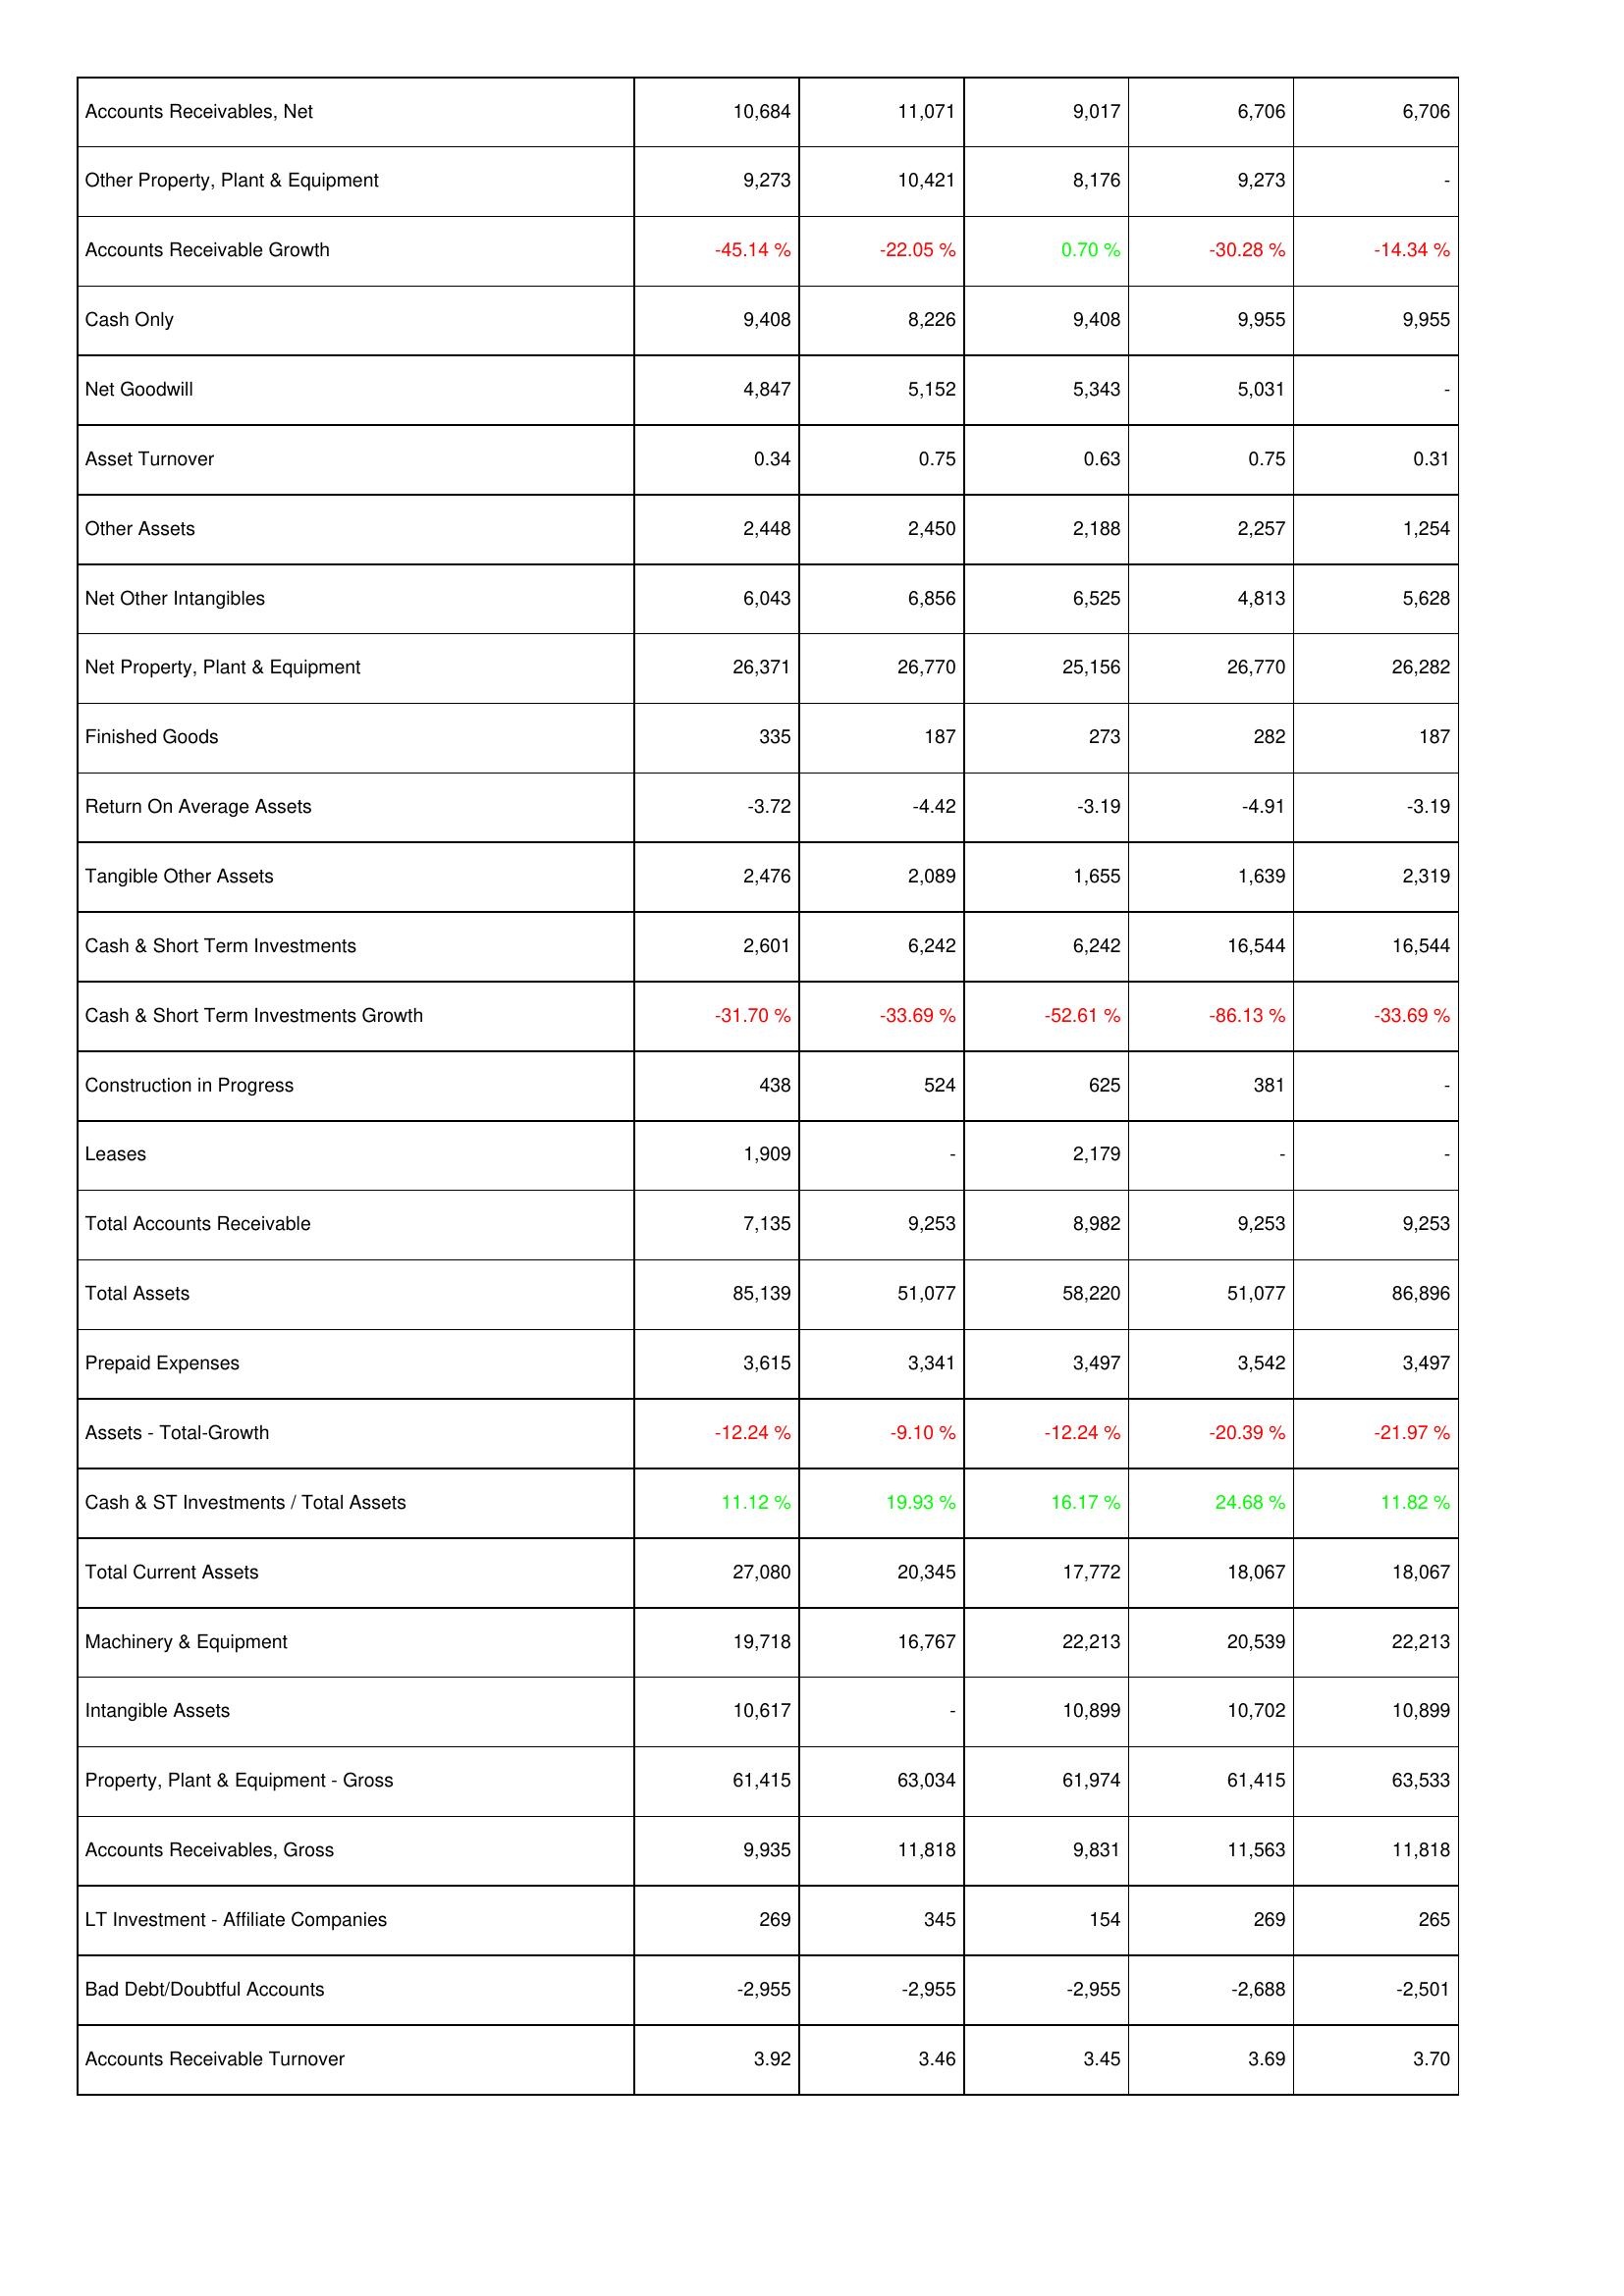
2006: Assets: Accounts Receivables, Net: 10,684
Other Property, Plant & Equipment: 9,273
Accounts Receivable Growth: -45.14 %
Cash Only: 9,408
Net Goodwill: 4,847
Asset Turnover: 0.34
Other Assets: 2,448
Net Other Intangibles: 6,043
Net Property, Plant & Equipment: 26,371
Finished Goods: 335
Return On Average Assets: -3.72
Tangible Other Assets: 2,476
Cash & Short Term Investments: 2,601
Cash & Short Term Investments Growth: -31.70 %
Construction in Progress: 438
Leases: 1,909
Total Accounts Receivable: 7,135
Total Assets: 85,139
Prepaid Expenses: 3,615
Assets - Total-Growth: -12.24 %
Cash & ST Investments / Total Assets: 11.12 %
Total Current Assets: 27,080
Machinery & Equipment: 19,718
Intangible Assets: 10,617
Property, Plant & Equipment - Gross: 61,415
Accounts Receivables, Gross: 9,935
LT Investment - Affiliate Companies: 269
Bad Debt/Doubtful Accounts: -2,955
Accounts Receivable Turnover: 3.92
2007: Assets: Accounts Receivables, Net: 11,071
Other Property, Plant & Equipment: 10,421
Accounts Receivable Growth: -22.05 %
Cash Only: 8,226
Net Goodwill: 5,152
Asset Turnover: 0.75
Other Assets: 2,450
Net Other Intangibles: 6,856
Net Property, Plant & Equipment: 26,770
Finished Goods: 187
Return On Average Assets: -4.42
Tangible Other Assets: 2,089
Cash & Short Term Investments: 6,242
Cash & Short Term Investments Growth: -33.69 %
Construction in Progress: 524
Leases: -
Total Accounts Receivable: 9,253
Total Assets: 51,077
Prepaid Expenses: 3,341
Assets - Total-Growth: -9.10 %
Cash & ST Investments / Total Assets: 19.93 %
Total Current Assets: 20,345
Machinery & Equipment: 16,767
Intangible Assets: -
Property, Plant & Equipment - Gross: 63,034
Accounts Receivables, Gross: 11,818
LT Investment - Affiliate Companies: 345
Bad Debt/Doubtful Accounts: -2,955
Accounts Receivable Turnover: 3.46
2008: Assets: Accounts Receivables, Net: 9,017
Other Property, Plant & Equipment: 8,176
Accounts Receivable Growth: 0.70 %
Cash Only: 9,408
Net Goodwill: 5,343
Asset Turnover: 0.63
Other Assets: 2,188
Net Other Intangibles: 6,525
Net Property, Plant & Equipment: 25,156
Finished Goods: 273
Return On Average Assets: -3.19
Tangible Other Assets: 1,655
Cash & Short Term Investments: 6,242
Cash & Short Term Investments Growth: -52.61 %
Construction in Progress: 625
Leases: 2,179
Total Accounts Receivable: 8,982
Total Assets: 58,220
Prepaid Expenses: 3,497
Assets - Total-Growth: -12.24 %
Cash & ST Investments / Total Assets: 16.17 %
Total Current Assets: 17,772
Machinery & Equipment: 22,213
Intangible Assets: 10,899
Property, Plant & Equipment - Gross: 61,974
Accounts Receivables, Gross: 9,831
LT Investment - Affiliate Companies: 154
Bad Debt/Doubtful Accounts: -2,955
Accounts Receivable Turnover: 3.45
2009: Assets: Accounts Receivables, Net: 6,706
Other Property, Plant & Equipment: 9,273
Accounts Receivable Growth: -30.28 %
Cash Only: 9,955
Net Goodwill: 5,031
Asset Turnover: 0.75
Other Assets: 2,257
Net Other Intangibles: 4,813
Net Property, Plant & Equipment: 26,770
Finished Goods: 282
Return On Average Assets: -4.91
Tangible Other Assets: 1,639
Cash & Short Term Investments: 16,544
Cash & Short Term Investments Growth: -86.13 %
Construction in Progress: 381
Leases: -
Total Accounts Receivable: 9,253
Total Assets: 51,077
Prepaid Expenses: 3,542
Assets - Total-Growth: -20.39 %
Cash & ST Investments / Total Assets: 24.68 %
Total Current Assets: 18,067
Machinery & Equipment: 20,539
Intangible Assets: 10,702
Property, Plant & Equipment - Gross: 61,415
Accounts Receivables, Gross: 11,563
LT Investment - Affiliate Companies: 269
Bad Debt/Doubtful Accounts: -2,688
Accounts Receivable Turnover: 3.69
2010: Assets: Accounts Receivables, Net: 6,706
Other Property, Plant & Equipment: -
Accounts Receivable Growth: -14.34 %
Cash Only: 9,955
Net Goodwill: -
Asset Turnover: 0.31
Other Assets: 1,254
Net Other Intangibles: 5,628
Net Property, Plant & Equipment: 26,282
Finished Goods: 187
Return On Average Assets: -3.19
Tangible Other Assets: 2,319
Cash & Short Term Investments: 16,544
Cash & Short Term Investments Growth: -33.69 %
Construction in Progress: -
Leases: -
Total Accounts Receivable: 9,253
Total Assets: 86,896
Prepaid Expenses: 3,497
Assets - Total-Growth: -21.97 %
Cash & ST Investments / Total Assets: 11.82 %
Total Current Assets: 18,067
Machinery & Equipment: 22,213
Intangible Assets: 10,899
Property, Plant & Equipment - Gross: 63,533
Accounts Receivables, Gross: 11,818
LT Investment - Affiliate Companies: 265
Bad Debt/Doubtful Accounts: -2,501
Accounts Receivable Turnover: 3.70